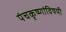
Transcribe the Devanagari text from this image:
पंचकृष्णांविषयी